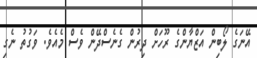
އޭނަގެ ލޯބިން އަޒްޔާންގެ ރޫހަށް ދިރުން ގެނެސްދޭން ވެސް މެއެވެ. ވަގުތު ނެގި